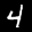
Label: 4